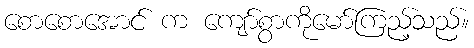
စောစောအောင် က ကျော်စွာကိုမော်ကြည့်သည်။